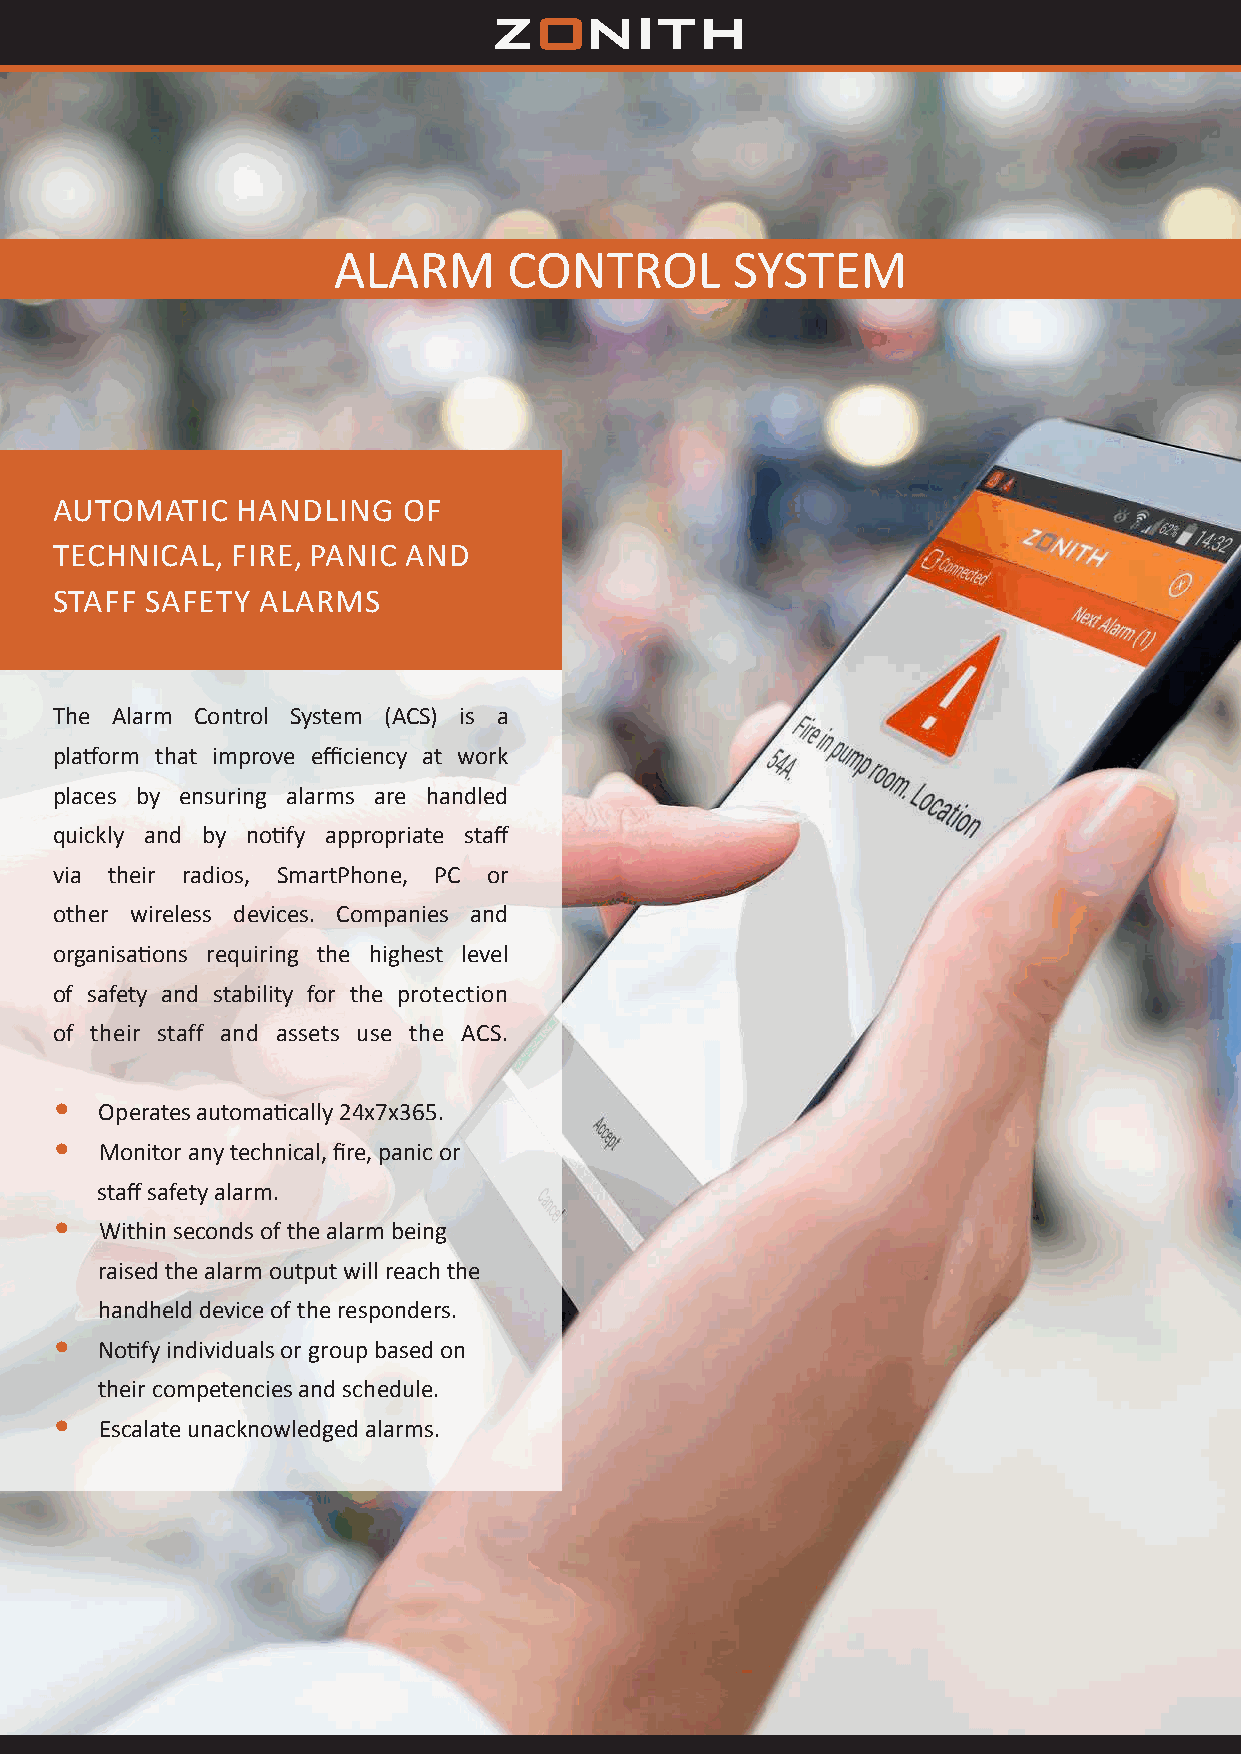
ALARM       CONTROL       SYSTEM
 .
 AUTOMATIC    HANDLING   OF
 TECHNICAL,  FIRE, PANIC AND
 STAFF  SAFETY ALARMS
 The Alarm Control System (ACS) is a
 platform that improve efficiency at work
 places by ensuring alarms are handled
 quickly and by notify appropriate staff
 via their radios, SmartPhone, PC or
 other wireless devices. Companies and
 organisations requiring the highest level
 of safety and stability for the protection
 of their staff and assets use the ACS.
 •
 Operates automatically 24x7x365.
 •
 Monitor any technical, fire, panic or
 staff safety alarm.
 •
 Within seconds of the alarm being
 raised the alarm output will reach the
 handheld device of the responders.
 •
 Notify individuals or group based on
 their competencies and schedule.
 •
 Escalate unacknowledged alarms.